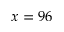
x = 9 6